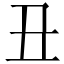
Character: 丑